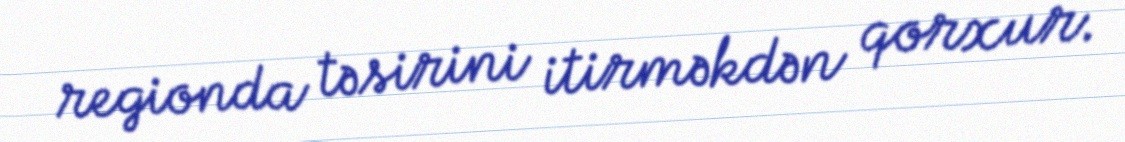
regionda təsirini itirməkdən qorxur.